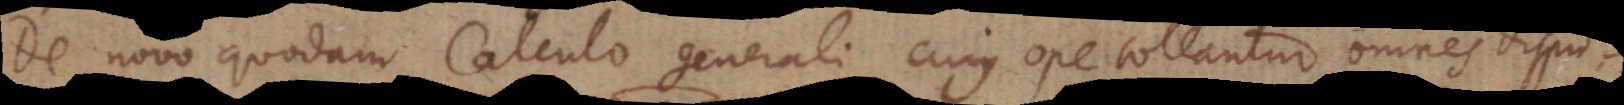
De novo quodam Calculo generali, cujus ope tollantur omnes disput